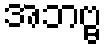
အဘဗ္ဗ